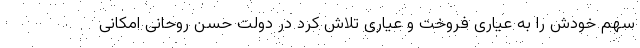
سهم خودش را به عیاری فروخت و عیاری تلاش کرد در دولت حسن روحانی امکانی